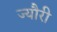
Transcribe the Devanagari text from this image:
ज्यौरी